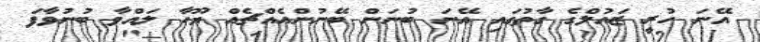
އޭނަ ހުރީ ޒައުލްގެ ގާތުގައި އޭނަ ބުނަން ބޭނުންއެއްޗެއް ޔޫހާ ލައްވާ ބުނުވާފަ